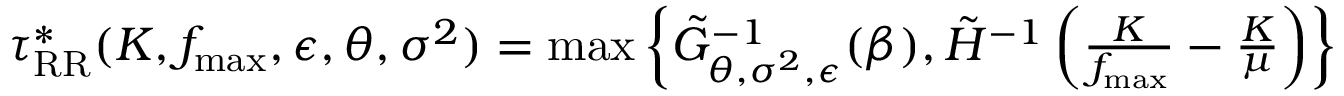
\begin{array} { r } { \tau _ { \mathrm { R R } } ^ { * } ( K , f _ { \operatorname* { m a x } } , \epsilon , \boldsymbol { \theta } , \boldsymbol { \sigma } ^ { 2 } ) = \operatorname* { m a x } \left\{ \tilde { G } _ { \boldsymbol { \theta } , \boldsymbol { \sigma } ^ { 2 } , \epsilon } ^ { - 1 } ( \beta ) , \tilde { H } ^ { - 1 } \left( \frac { K } { f _ { \operatorname* { m a x } } } - \frac { K } { \mu } \right) \right\} } \end{array}